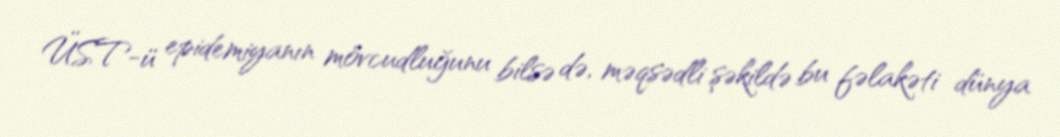
ÜST-ü epidemiyanın mövcudluğunu bilsə də, məqsədli şəkildə bu fəlakəti dünya